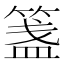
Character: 𥱔